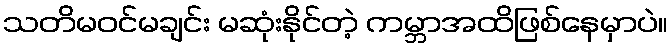
သတိမဝင်မချင်း မဆုံးနိုင်တဲ့ ကမ္ဘာအထိဖြစ်နေမှာပဲ။